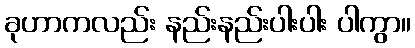
ခုဟာကလည်း နည်းနည်းပါးပါး ပါကွာ။